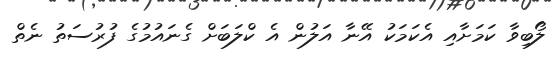
ލޯބިވާ ކަމަށާއި އެކަމަކު އޭނާ އަލުން އެ ކްލަބަށް ގެނައުމުގެ ފުރުސަތު ނެތް